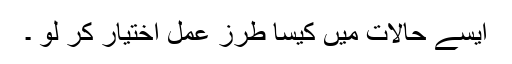
ایسے حالات میں کیسا طرزِ عمل اختیار کر لو ۔